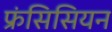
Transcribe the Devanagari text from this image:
फ्रंसिसियन